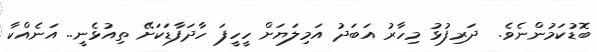
ބޮޑުކަމުންނެވެ.  ދަރިފުޅު މިހާރު އަބަދު އަމިލަޔަށް ހީހީފަ ހާދަފާޑަކަށޭ ތިއުޅެނީ.. އަނެއްކާ